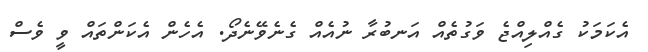
އެކަމަކު ގެއްލިއްޖެ ވަގުތެއް އަނބުރާ ނުއެއް ގެނެވޭނެދޯ. އެހެން އެކަންތައް ވީ ވެސް